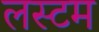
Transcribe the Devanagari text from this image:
लस्टम